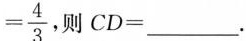
= \frac { 4 } { 3 }$$，则CD=___.